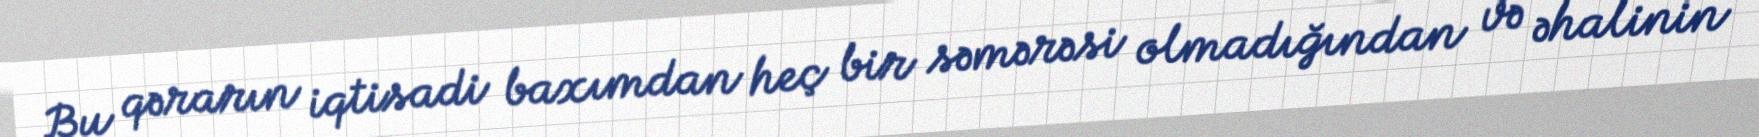
Bu qərarın iqtisadi baxımdan heç bir səmərəsi olmadığından və əhalinin